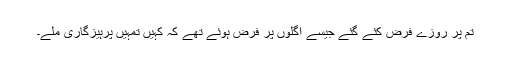
تم پر روزے فرض کئے گئے جیسے اگلوں پر فرض ہوئے تھے کہ کہیں تمہیں پرہیزگاری ملے۔